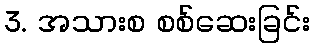
3. အသားစ စစ်ဆေးခြင်း